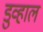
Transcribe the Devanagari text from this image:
डुव्हाल